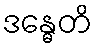
ဒန္ဓေတိ